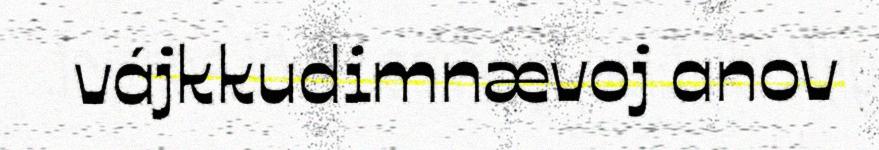
vájkkudimnævoj anov